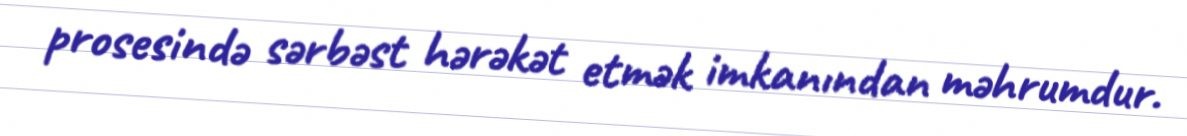
prosesində sərbəst hərəkət etmək imkanından məhrumdur.